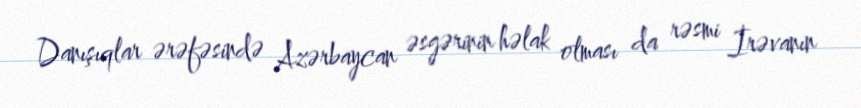
Danışıqlar ərəfəsində Azərbaycan əsgərinin həlak olması da rəsmi İrəvanın